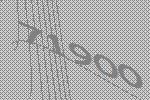
71900